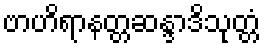
ဗာဟိရာနတ္တဆန္ဒာဒိသုတ္တံ